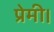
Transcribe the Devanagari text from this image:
प्रेमी।